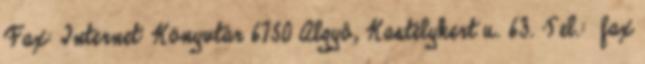
Fax: Internet: Könyvtár 6750 Algyô, Kastélykert u. 63. Tel.: fax